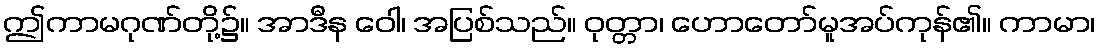
ဤကာမဂုဏ်တို့၌။ အာဒီန ဝေါ၊ အပြစ်သည်။ ဝုတ္တာ၊ ဟောတော်မူအပ်ကုန်၏။ ကာမာ၊